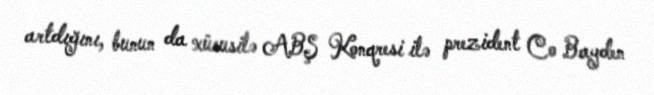
artdığını, bunun da xüsusilə ABŞ Konqresi ilə prezident Co Bayden